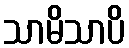
သာမိသာပိ